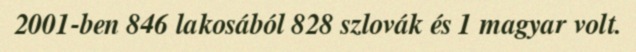
2001-ben 846 lakosából 828 szlovák és 1 magyar volt.